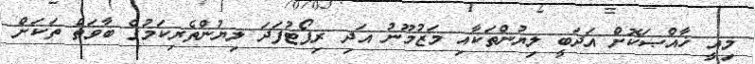
މިއީ ޚާއްޞަކޮށް އަދަބީ ލިޔުންތަކާއި މަޒުމޫނު އަދި ރިޕޯޓުފަދަ ލިޔުންތެރިކަމުގެ ބާވަތް ތަކަށް